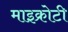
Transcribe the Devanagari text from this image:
माइक्रोटी